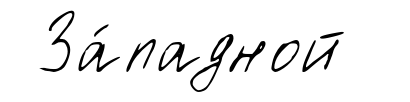
За́падной